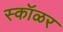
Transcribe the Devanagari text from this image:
स्कॉळर